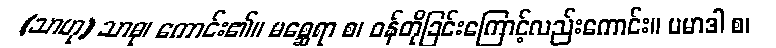
(သာဟု) သာဓု၊ ကောင်း၏။ မစ္ဆေရာ စ၊ ဝန်တိုခြင်းကြောင့်လည်းကောင်း။ ပမာဒါ စ၊